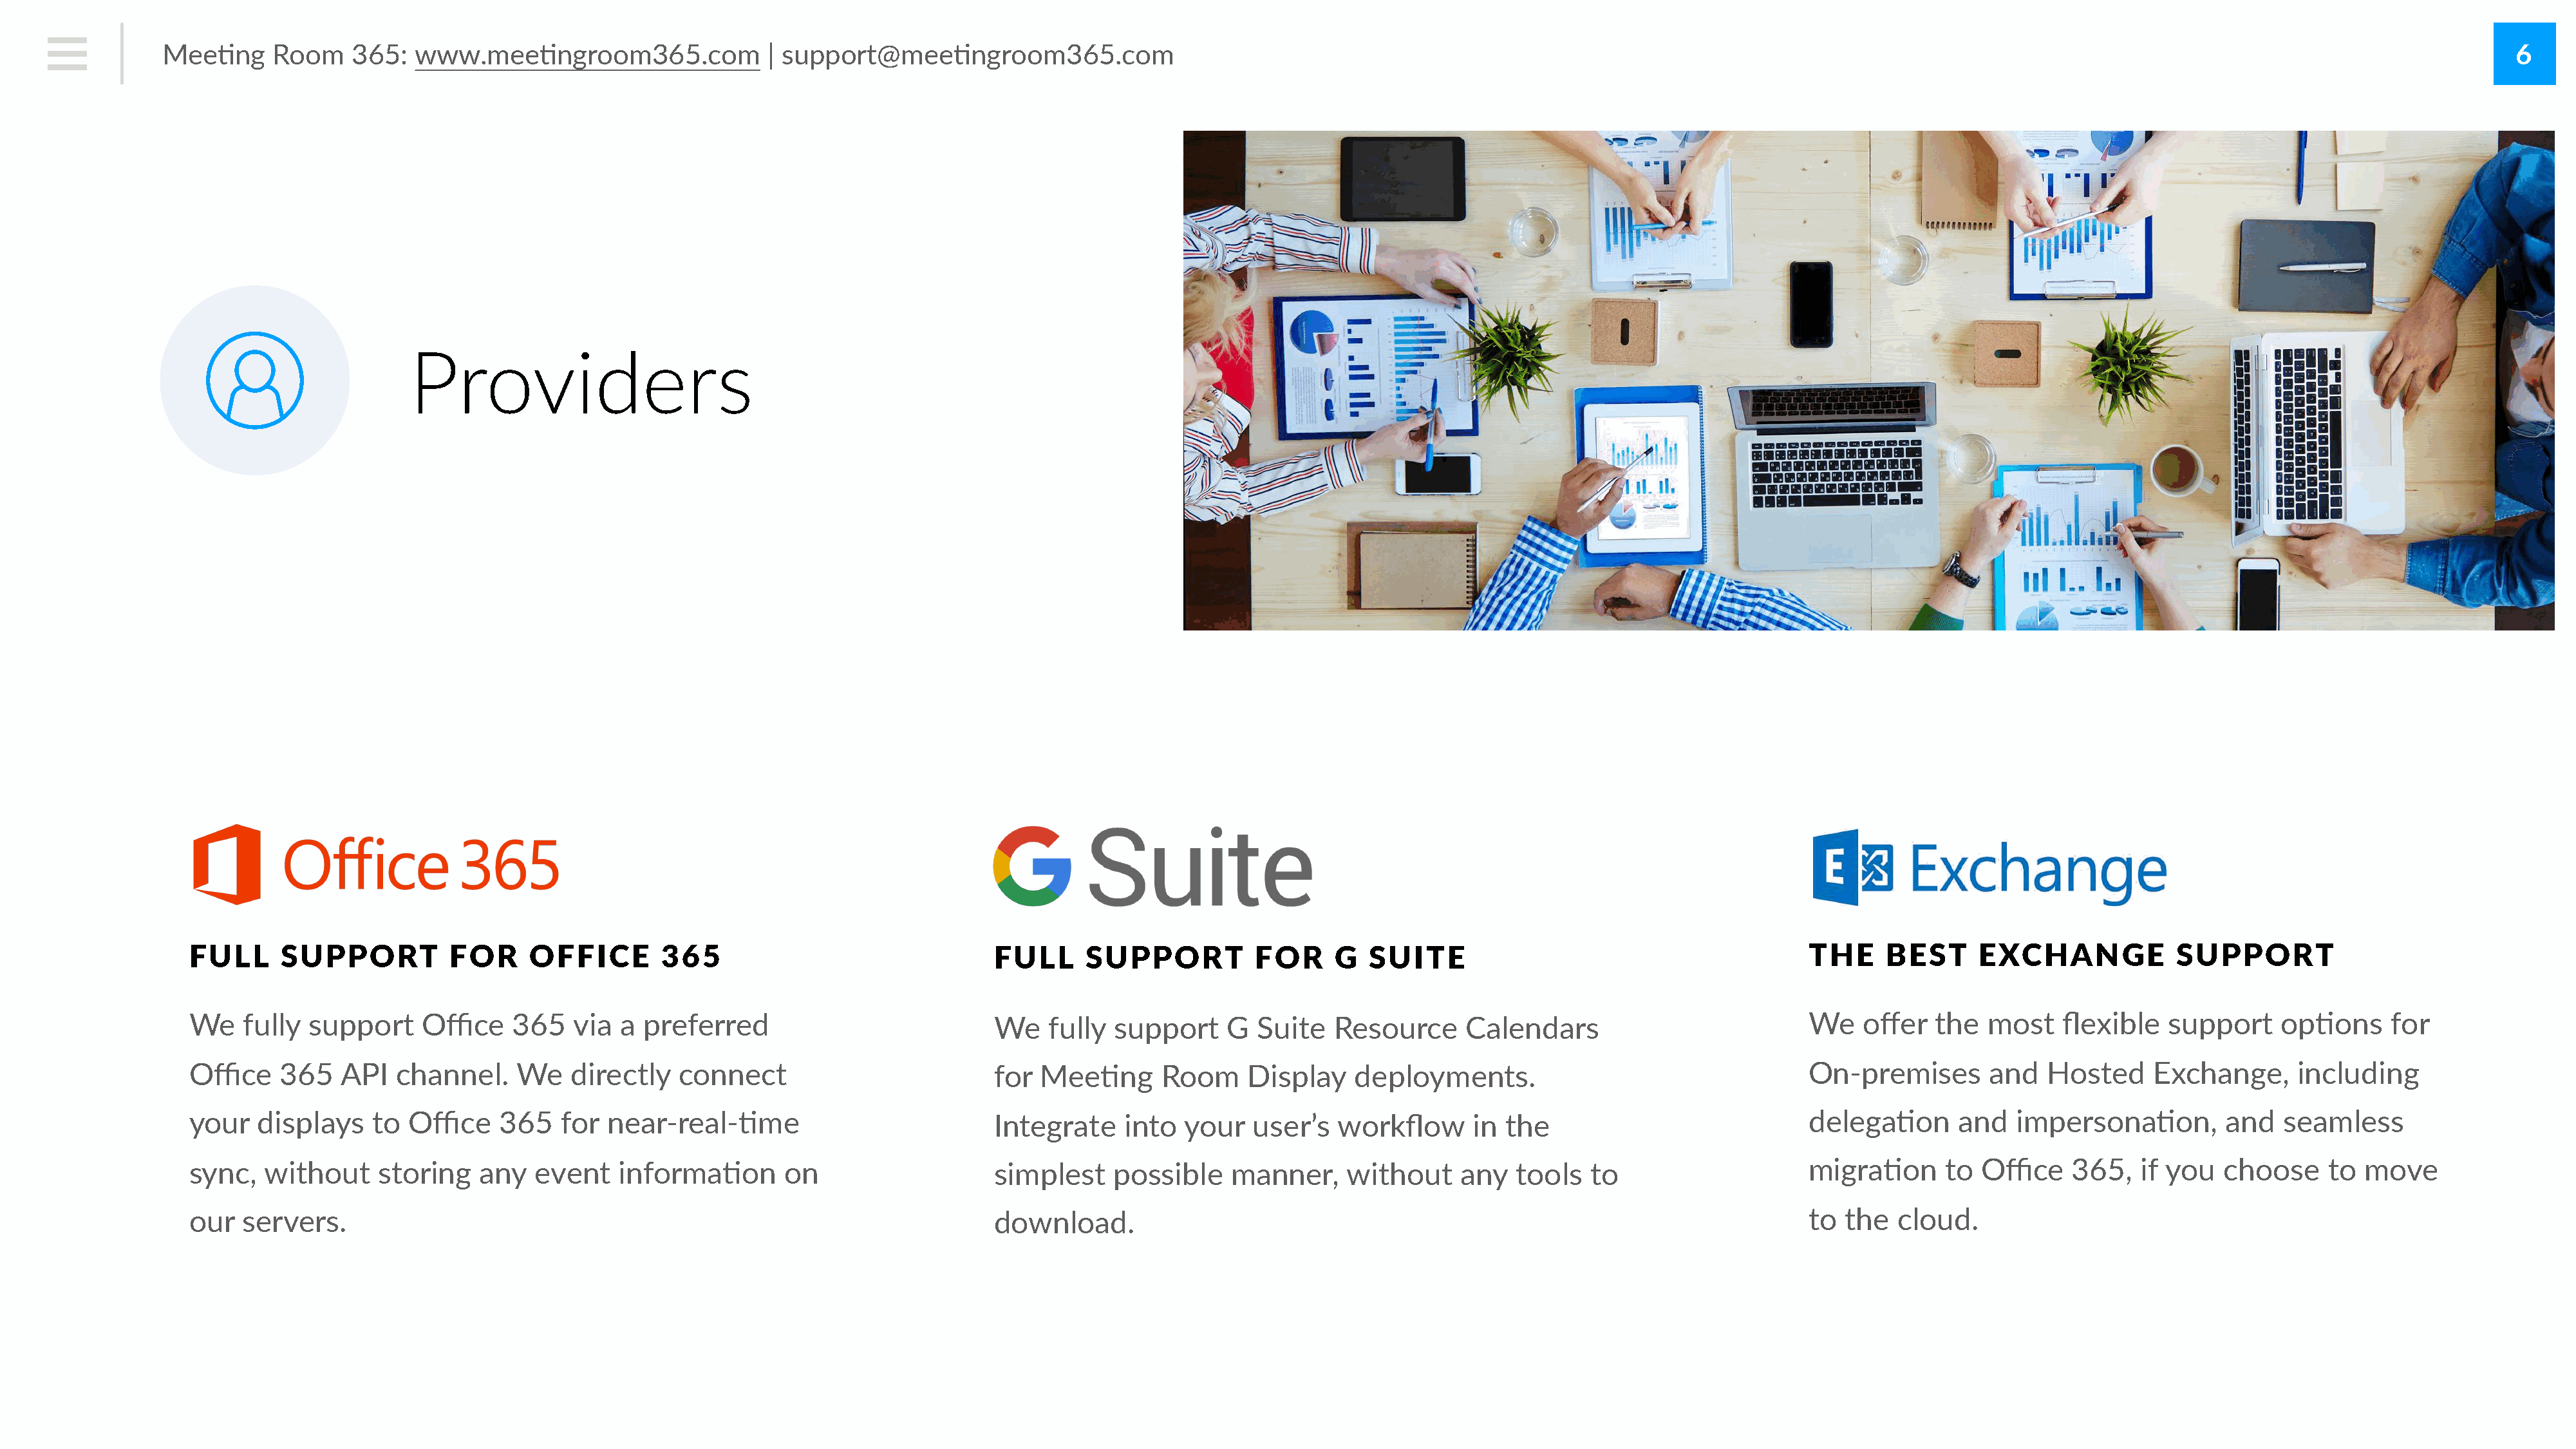
Mee#ng     Room    365:   www.mee#ngroom365.com               | support@mee#ngroom365.com                                                                                                                                                         6
 Providers
 FULL      SUPPORT          FOR     OFFICE        365                               FULL      SUPPORT          FOR     G   SUITE                                        THE     BEST     EXCHANGE             SUPPORT
 We    fully  support    Office    365   via  a preferred                           We    fully  support    G  Suite   Resource      Calendars                          We    offer  the  most    flexible   support     op#ons     for
 Office    365   API   channel.    We    directly   connect                         for  Mee#ng      Room     Display    deployments.                                   On-premises        and  Hosted     Exchange,      including
 your    displays   to  Office   365    for near-real-#me                           Integrate     into  your   user’s   workflow     in  the                            delega#on      and   impersona#on,         and   seamless
 sync,   without     storing   any   event    informa#on       on                   simplest    possible     manner,    without     any   tools  to                     migra#on      to  Office   365,   if you   choose    to  move
 our   servers.                                                                     download.                                                                           to  the  cloud.